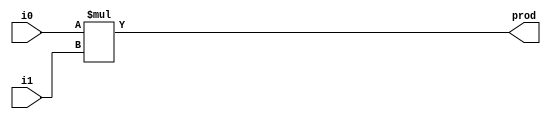
module did16 (i0,i1,prod);
input [15:0] i0,i1;
output [31:0] prod;

assign prod = i0 * i1;
    
endmodule

module mul16 (i0,i1,prod);
input [15:0] i0,i1;
output [31:0] prod;

assign prod = i0 * i1;
    
endmodule

module sub32 (i0,i1,diff);
input [15:0] i0,i1;
output [31:0] diff;

assign diff = i0 - i1;
    
endmodule

module add32 (i0,i1,sum);
input [31:0] i0,i1;
output [31:0] sum;

assign sum = i0 + i1;
    
endmodule